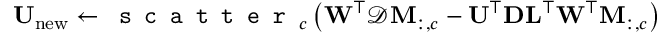
\mathbf { U } _ { \mathrm { n e w } } \leftarrow \texttt { s c a t t e r } _ { c } \left( \mathbf { W } ^ { \top } \mathcal { D } \mathbf { M } _ { : , c } - \mathbf { U } ^ { \top } \mathbf { D } \mathbf { L } ^ { \top } \mathbf { W } ^ { \top } \mathbf { M } _ { : , c } \right)